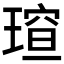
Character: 𪼍